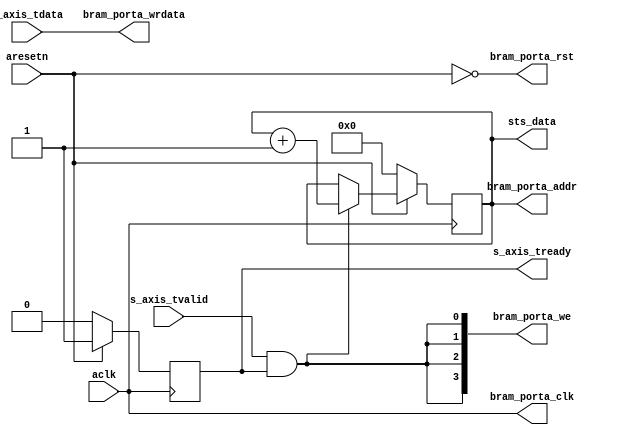
module axis_bram_writer #
(
  parameter integer AXIS_TDATA_WIDTH = 32,
  parameter integer BRAM_DATA_WIDTH = 32,
  parameter integer BRAM_ADDR_WIDTH = 10
)
(
  // System signals
  input  wire                         aclk,
  input  wire                         aresetn,

  output wire [BRAM_ADDR_WIDTH-1:0]   sts_data,

  // Slave side
  output wire                         s_axis_tready,
  input  wire [AXIS_TDATA_WIDTH-1:0]  s_axis_tdata,
  input  wire                         s_axis_tvalid,

  // BRAM port
  output wire                         bram_porta_clk,
  output wire                         bram_porta_rst,
  output wire [BRAM_ADDR_WIDTH-1:0]   bram_porta_addr,
  output wire [BRAM_DATA_WIDTH-1:0]   bram_porta_wrdata,
  output wire [BRAM_DATA_WIDTH/8-1:0] bram_porta_we
);

  reg [BRAM_ADDR_WIDTH-1:0] int_addr_reg, int_addr_next;
  reg int_enbl_reg, int_enbl_next;

  always @(posedge aclk)
  begin
    if(~aresetn)
    begin
      int_addr_reg <= {(BRAM_ADDR_WIDTH){1'b0}};
      int_enbl_reg <= 1'b0;
    end
    else
    begin
      int_addr_reg <= int_addr_next;
      int_enbl_reg <= int_enbl_next;
    end
  end

  always @*
  begin
    int_addr_next = int_addr_reg;
    int_enbl_next = int_enbl_reg;

    if(~int_enbl_reg)
    begin
      int_enbl_next = 1'b1;
    end

    if(s_axis_tvalid & int_enbl_reg)
    begin
      int_addr_next = int_addr_reg + 1'b1;
    end
  end

  assign sts_data = int_addr_reg;

  assign s_axis_tready = int_enbl_reg;

  assign bram_porta_clk = aclk;
  assign bram_porta_rst = ~aresetn;
  assign bram_porta_addr = int_addr_reg;
  assign bram_porta_wrdata = s_axis_tdata;
  assign bram_porta_we = {(BRAM_DATA_WIDTH/8){s_axis_tvalid & int_enbl_reg}};

endmodule